Civil Veterinary Department Bihar & Orissa reports 1922-29 - 1922-1929
Year: 1922
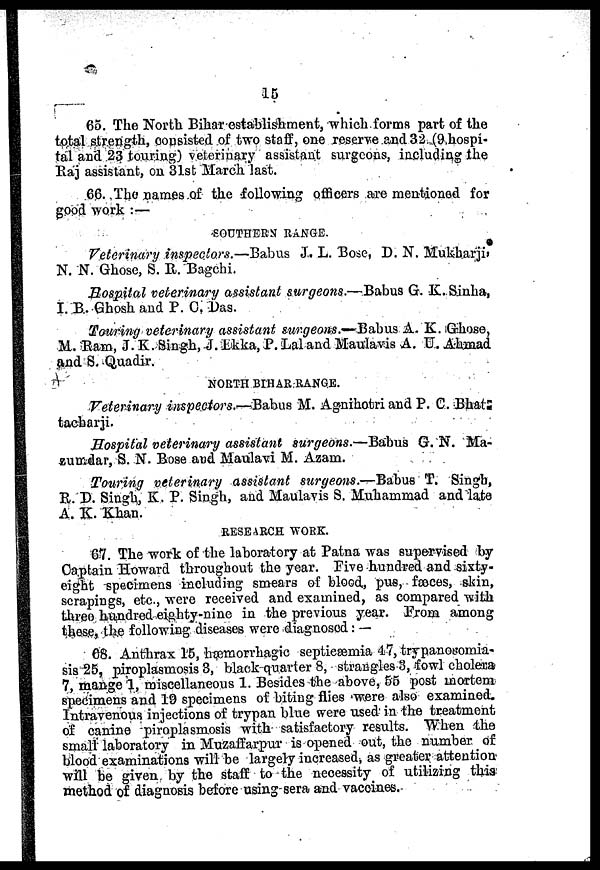
15
65. The North Bihar establishment, which forms part of the
total strength, consisted of two staff, one reserve and 32 (9 hospi-
tal and 23 touring) veterinary assistant surgeons, including the
Raj assistant, on 31st March last.
66. The names of the following officers are mentioned for
good work :—
SOUTHERN RANGE.
Veterinary inspectors.—Babus J. L. Bose, D. N. Mukbarji,
N. N. Ghose, S. R. Bagchi.
Hospital veterinary assistant surgeons.—Babus G. K. Sinha,
I.B. Ghosh and P. C. Das.
Touring veterinary assistant surgeons.—Babus A. K. Ghose,
M. Ram, J. K. Singh, J. Ekka, P. Lal and Maulavis A. U. Ahmad
and S. Quadir.
NORTH BIHAR RANGE.
Veterinary inspectors.—Babus M. Agnihotri and P. C. Bhat.
tacbarji.
Hospital veterinary assistant surgeons.—Babus G. N. Ma-
zumdar, S. N. Bose and Maulavi M. Azam.
Touring veterinary assistant surgeons.—Babus T. Singh,
R. D. Singh, K. P. Singh, and Maulavis S. Muhammad and late
A. K. Khan.
RESEARCH WORK.
67. The work of the laboratory at Patna was supervised by
Captain Howard throughout the year. Five hundred and sixty-
eight specimens including smears of blood, pus, faeces, skin,
scrapings, etc., were received and examined, as compared with
three hundred eighty-nine in the previous year. Prom among
these, the following diseases were diagnosed: —
68. Anthrax 15, hæmorrhagic septicæmia 47, trypanosomia-
sis 25, piroplasmosis 3, black quarter 8, strangles 3, fowl cholera
7, mange 1, miscellaneous 1. Besides the above, 55 post mortem
specimens and 19 specimens of biting flies were also examined
Intravenous injections of trypan blue were used in the treatment
of canine piroplasmosis with satisfactory results. When the
small laboratory in Muzaffarpur is opened out, the number of
blood examinations will be largely increased as greater attention
will be given by the staff to the necessity of utilizing this
method of diagnosis before using sera and vaccines.